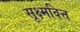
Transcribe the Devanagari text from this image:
सूक्ष्मवित्त